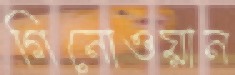
গিনোওয়ান